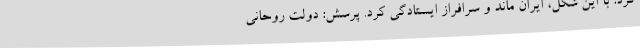
کرد: با این شکل، ایران ماند و سرافراز ایستادگی کرد. پرسش: دولت روحانی